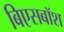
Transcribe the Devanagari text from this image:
बिएसबॉश